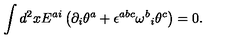
\int d ^ { 2 } x E ^ { a i } \left( \partial _ { i } \theta ^ { a } + \epsilon ^ { a b c } { \omega ^ { b } } _ { i } \theta ^ { c } \right) = 0 .